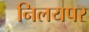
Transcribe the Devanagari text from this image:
निलयपर